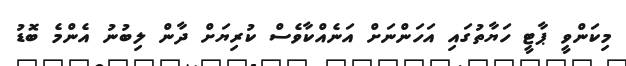
މިކަންވީ ޕާޓީ ހަޔާތުގައި އަހަންނަށް އަނެއްކާވެސް ކުރިޔަށް ދާން ލިބުނު އެންމެ ބޮޑު